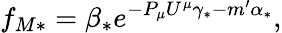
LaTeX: f_{M\ast}=\beta_{\ast}e^{-P_{\mu}U^{\mu}\gamma_{\ast}-m^{\prime}\alpha_{\ast}},